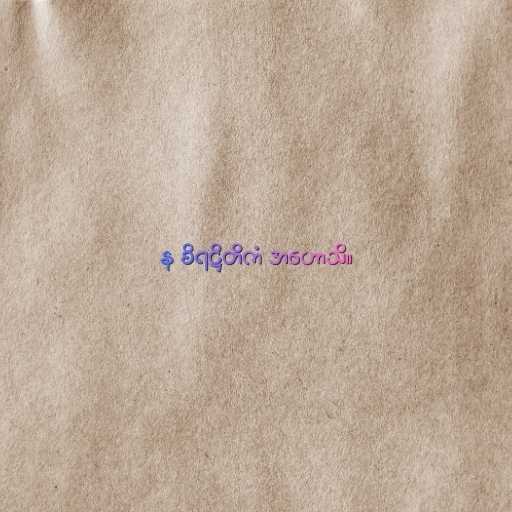
န စိရဋ္ဌိတိကံ အဟောသိ။